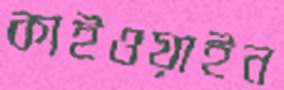
কাইওয়াইন